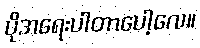
ပိုအရေးပါတာပေါ့လေ။